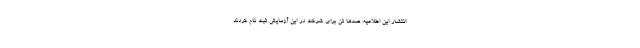
انتشار این اطلاعیه، صدها تن برای شرکت در این آزمایش ثبت نام کردند